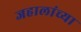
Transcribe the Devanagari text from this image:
जहालांच्या